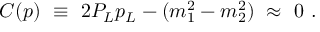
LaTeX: C ( p ) \ \equiv \ 2 P _ { L } p _ { L } - ( m _ { 1 } ^ { 2 } - m _ { 2 } ^ { 2 } ) \ \approx \ 0 \ .